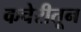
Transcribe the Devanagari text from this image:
कचेरीतून